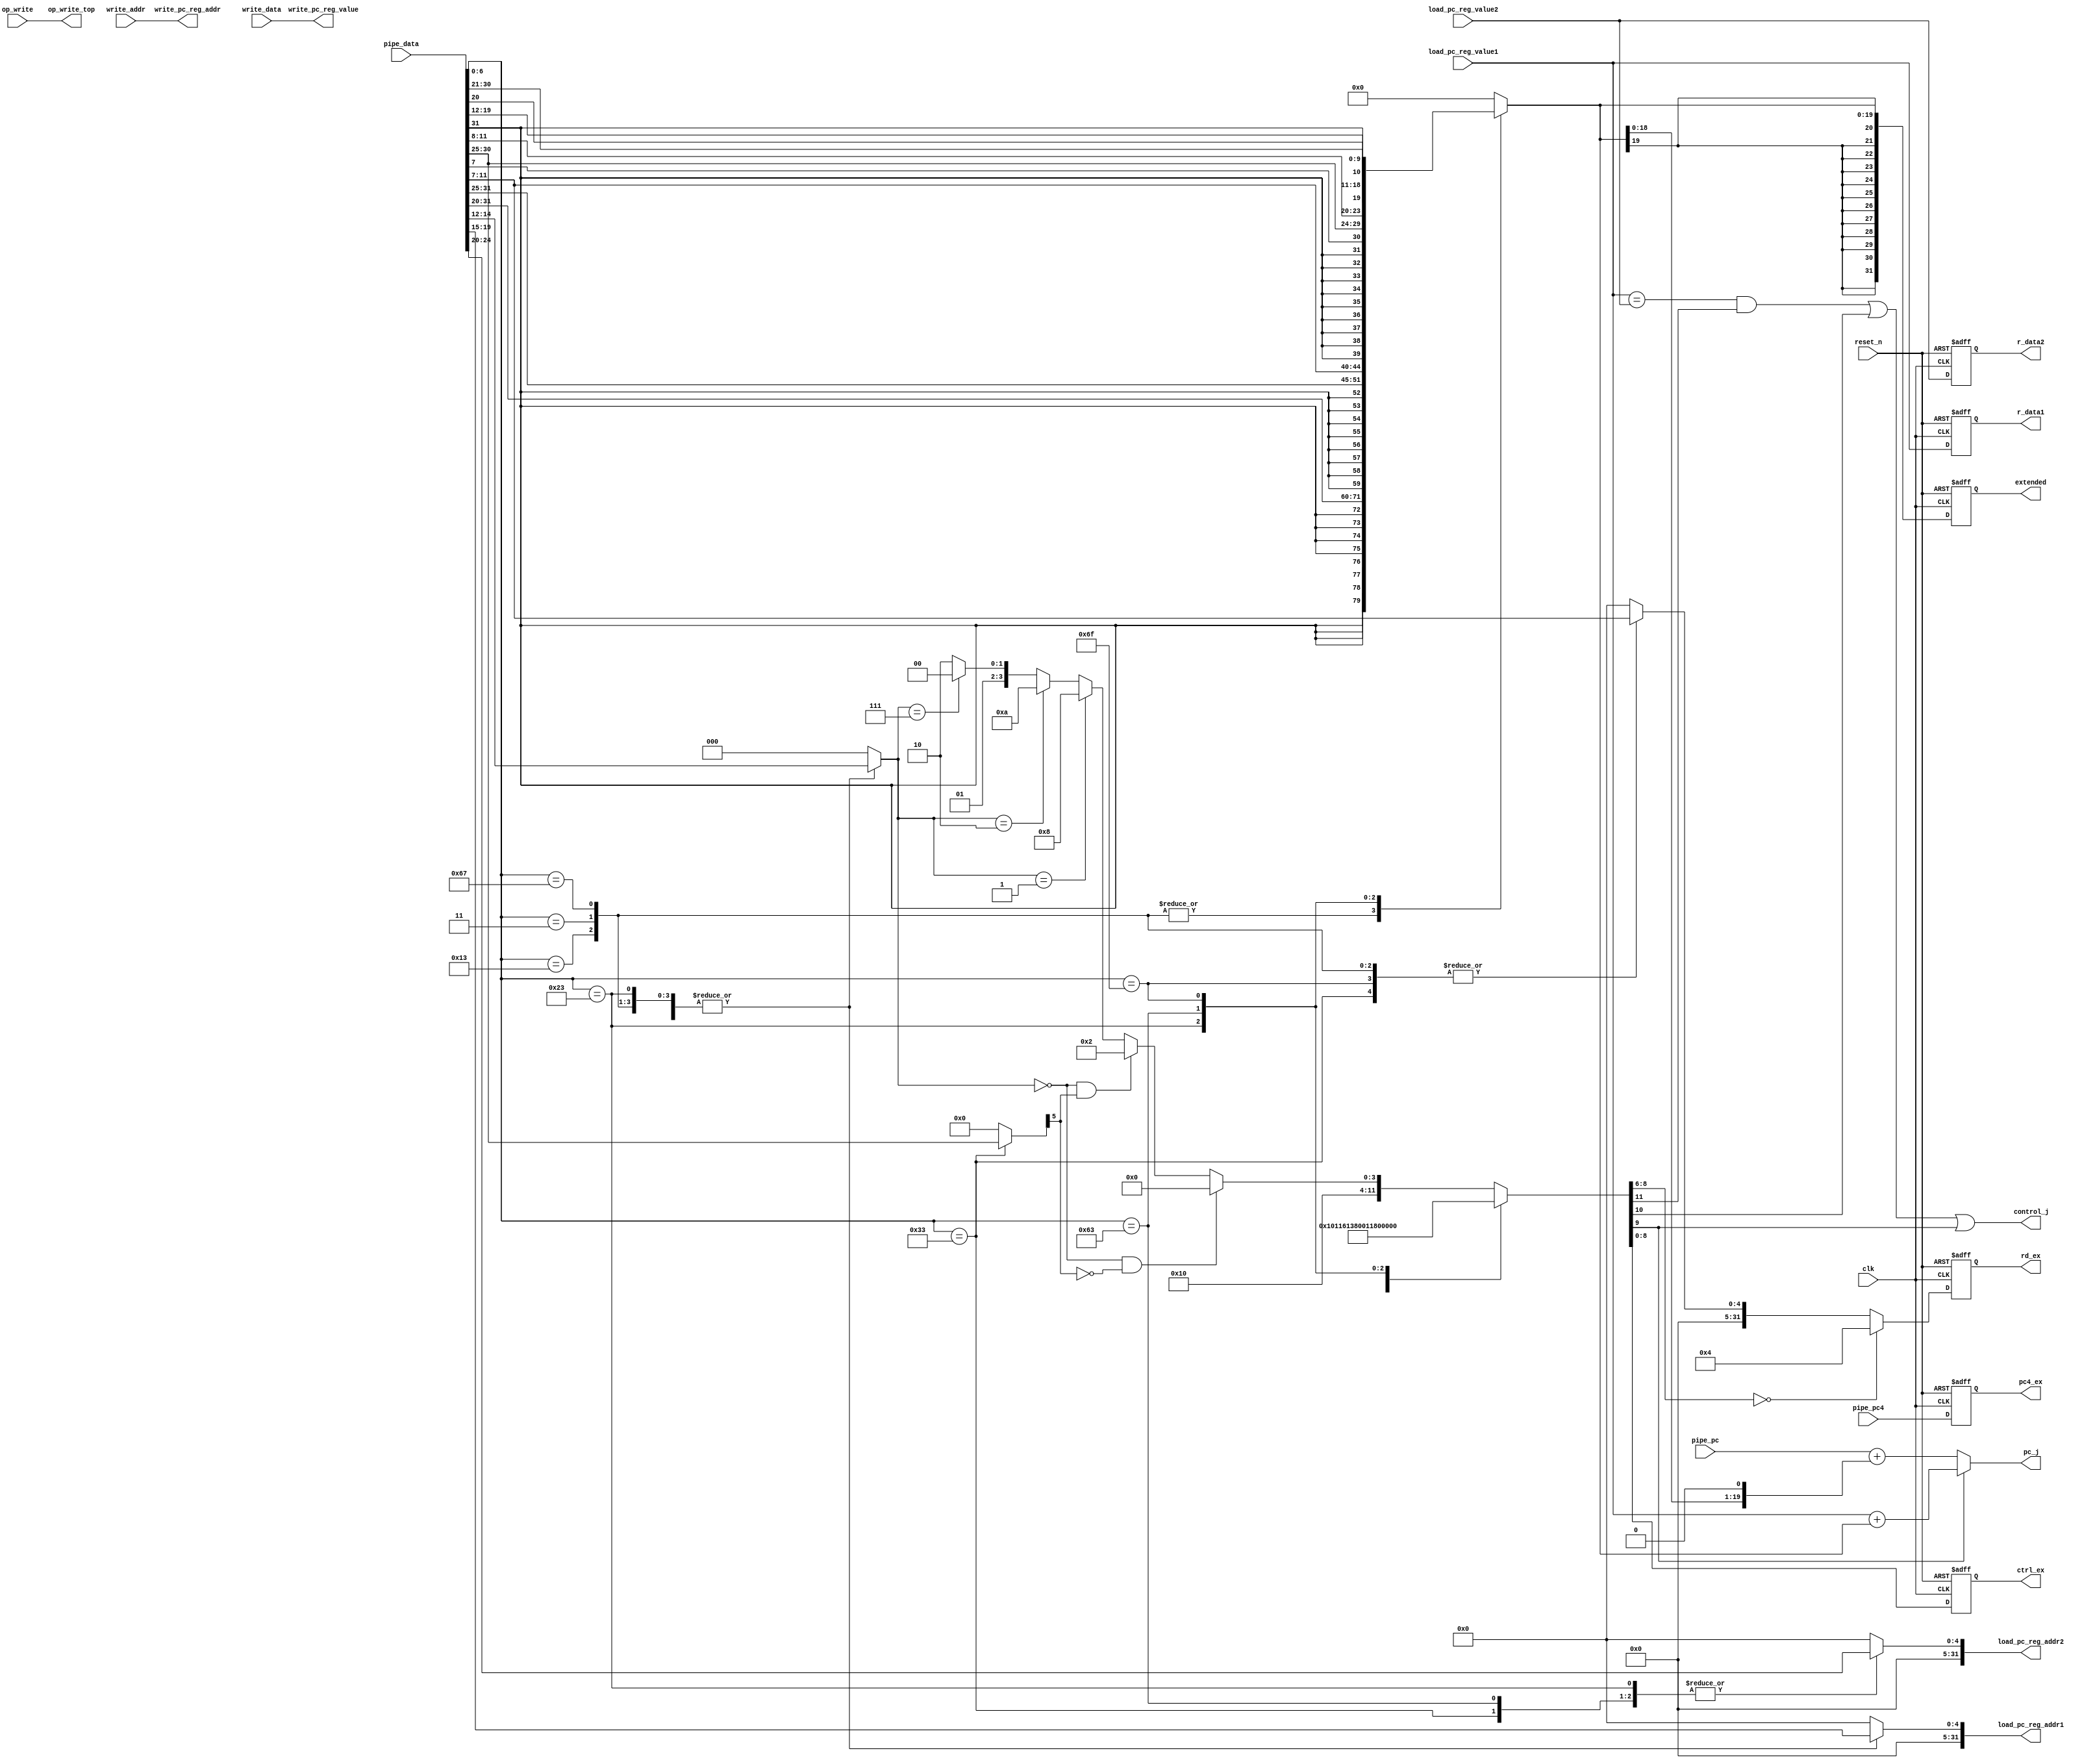
module ID(
    input clk,
    input reset_n,
    input op_write,                    //register
    input [31:0] pipe_pc,
    input [31:0] pipe_pc4,
    input [31:0] pipe_data,            // instruction
    input [31:0] write_data,
    input [31:0] write_addr,
    input [31:0] load_pc_reg_value1,
    input [31:0] load_pc_reg_value2,   // load register value from tb
    output [31:0] load_pc_reg_addr1,   // load register address1 from tb
    output [31:0] load_pc_reg_addr2,   // load register address2 from tb
    output [31:0] write_pc_reg_value,  // register value to write on tb
    output [31:0] write_pc_reg_addr,   // register addr to write on tb
    output control_j,
    output [31:0] pc_j,
    output [31:0] r_data1,
    output [31:0] r_data2,
    output [31:0] extended,
    output [31:0] rd_ex,
    output [8:0] ctrl_ex,
    output [31:0] pc4_ex,
    output op_write_top
);

reg signed [31:0] extended_reg;
reg [31:0] rs1_reg;
reg [31:0] rs2_reg;
reg [31:0] r_data1_reg;
reg [31:0] r_data2_reg;
reg [31:0] rd_reg;
reg [2:0] funct3_reg;
reg [6:0] funct7_reg;
reg signed [19:0] immediate_reg;
reg [31:0] pc_j_reg;
reg [31:0] pc4_ex_reg;
reg [8:0] ctrl_ex_reg;
reg [31:0] rd_ex_reg;
reg [11:0] control_bit;

localparam [6:0] R_TYPE_OP  = 7'b0110011, // R_type
                 ADDI_OP    = 7'b0010011, // I-type ADDI
                 LD_OP      = 7'b0000011, // I-type LD
                 JALR_OP    = 7'b1100111, // I-type JALR
                 S_TYPE_OP  = 7'b0100011, // S-type SD
                 SB_TYPE_OP = 7'b1100011, // SB-type BEQ,BNE,BLT,BGE
                 UJ_TYPE_OP = 7'b1101111; // UJ-type JAL

always @(pipe_data)
begin : SEPERTATE_INST
    case (pipe_data[6:0])
        R_TYPE_OP : begin
            funct7_reg = pipe_data[31:25];
            rs2_reg = pipe_data[24:20];
            rs1_reg = pipe_data[19:15];
            funct3_reg = pipe_data[14:12];
            rd_reg = pipe_data[11:7];
            immediate_reg = 20'sd0;
        end
        ADDI_OP : begin
            immediate_reg = $signed(pipe_data[31:20]);
            rs1_reg = pipe_data[19:15];
            funct3_reg = pipe_data[14:12];
            rd_reg = pipe_data[11:7];
            funct7_reg = 7'd0;
            rs2_reg = 5'd0;
        end
        LD_OP : begin
            immediate_reg = $signed(pipe_data[31:20]);
            rs1_reg = pipe_data[19:15];
            funct3_reg = pipe_data[14:12];
            rd_reg = pipe_data[11:7];
            funct7_reg = 7'd0;
            rs2_reg = 5'd0;
        end
        JALR_OP : begin
            immediate_reg = $signed(pipe_data[31:20]);
            rs1_reg = pipe_data[19:15];
            funct3_reg = pipe_data[14:12];
            rd_reg = pipe_data[11:7];
            funct7_reg = 7'd0;
            rs2_reg = 5'd0;
        end
        S_TYPE_OP : begin
            immediate_reg = $signed({pipe_data[31:25], pipe_data[11:7]});
            rs2_reg = pipe_data[24:20];
            rs1_reg = pipe_data[19:15];
            funct3_reg = pipe_data[14:12];
            funct7_reg = 7'd0;
            rd_reg = 5'd0;
        end
        SB_TYPE_OP : begin
            immediate_reg = $signed({pipe_data[31], pipe_data[7],
                                     pipe_data[30:25], pipe_data[11:8]});
            rs2_reg = pipe_data[24:20];
            rs1_reg = pipe_data[19:15];
            funct3_reg = pipe_data[14:12];
            funct7_reg = 7'd0;
            rd_reg = 5'd0;
        end
        UJ_TYPE_OP : begin
            immediate_reg = $signed({pipe_data[31], pipe_data[19:12], pipe_data[20],
                                     pipe_data[30:21]});
            rd_reg = pipe_data[11:7];
            funct7_reg = 7'd0;
            rs2_reg = 5'd0;
            rs1_reg = 5'd0;
            funct3_reg = 3'd0;
        end
        default : begin
            immediate_reg = 20'sd0;
            funct7_reg = 7'd0;
            rs2_reg = 5'd0;
            rs1_reg = 5'd0;
            funct3_reg = 3'd0;
            rd_reg = 5'd0;
        end
    endcase
end
/*-----------------------------------------------------------
 * [control_bit]
 * [11]  : Goes to 'AND' when 'beq'
 * [10]  : MUX whether $rd will be $ra at 'jal'
 * [9]   : MUX whether 'rs+offset' selection and MUX for 'pc_j'
 * [8:6] : Control bit at WB [op_write, wb mux]
 * [5:4] : Control bit at MEM
 * [3:0] : Control bit at EX
 *
 * MemtoReg:[8:7], RegWrtie:[6],
 * MemRead:[5], MemWrite:[4]
 * ALUOp:[3:1], ALUSrc:[0] 
 *
 * ALUOp
 * 000 : ADD
 * 001 : SUB
 * 010 : AND
 * 011 : OR
 * 100 : SHIFT LEFT
 * 101 : SLT
 *
 * Only control_bit[8:0] will go through OUTPUT 'ctrl_ex'
 *---------------------------------------------------------*/
always @(pipe_data or funct3_reg or funct7_reg)
begin : CONTROL_GENERTATOR
    case (pipe_data[6:0])
        ADDI_OP :
            control_bit = 12'b000_100_00_0001;
        LD_OP :
            control_bit = 12'b000_101_10_0001;
        JALR_OP :
            control_bit = 12'b001_110_00_0000;
        S_TYPE_OP :                        // SD
            control_bit = 12'b000_000_01_0001;
        SB_TYPE_OP :                       // BEQ
            control_bit = 12'b100_000_00_0000;
        UJ_TYPE_OP :                       // JAL
            control_bit = 12'b010_110_00_0000;
        default : begin                    // R-type
            if (funct3_reg == 3'b000 && funct7_reg[5] == 1'b0)      // add
                control_bit = 12'b000_100_00_0000;
            else if (funct3_reg == 3'b000 && funct7_reg[5] == 1'b1) // sub
                control_bit = 12'b000_100_00_0010;
            else if (funct3_reg == 3'b001) // SLL
                control_bit = 12'b000_100_00_1000;
            else if (funct3_reg == 3'b010) // SLT
                control_bit = 12'b000_100_00_1010;
            else if (funct3_reg == 3'b111) // AND
                control_bit = 12'b000_100_00_0100;
            else                           // OR
                control_bit = 12'b000_100_00_0110;
        end
    endcase
end

always @(control_bit or load_pc_reg_value1 or pipe_pc or extended_reg or immediate_reg)
begin : PC_J_MUX
    if (control_bit[9] == 0) begin
        //Address adder( Shift left1, Add )
        pc_j_reg = pipe_pc + {immediate_reg << 1};
    end else begin
        pc_j_reg = load_pc_reg_value1 + immediate_reg;
    end
end

always @(negedge reset_n or posedge clk)
begin : PIPELINE_REGISTER
    if (reset_n == 1'b0) begin
        extended_reg <= 32'd0;
        r_data1_reg <= 32'd0;
        r_data2_reg <= 32'd0;
        pc4_ex_reg <= 32'd0;
        ctrl_ex_reg <= 9'd0;
        rd_ex_reg <= 32'd0;
    end else begin
        ctrl_ex_reg <= control_bit[8:0];
        pc4_ex_reg <= pipe_pc4;
        r_data2_reg <= load_pc_reg_value2;
        extended_reg <= immediate_reg;
        r_data1_reg <= load_pc_reg_value1;
        // make 'rd' goes to 'ra' when jal
        if (control_bit[8:6] == 3'b000)
            rd_ex_reg <= 32'd4;
        else
            rd_ex_reg <= rd_reg;
    end
end
// assignments for output pins
assign control_j = (((load_pc_reg_value1 == load_pc_reg_value2) &&
                    control_bit[11]) || control_bit[10] || control_bit[9]);
assign pc_j = pc_j_reg;
assign ctrl_ex = ctrl_ex_reg;
assign pc4_ex = pc4_ex_reg;
assign r_data1 = r_data1_reg;
assign r_data2 = r_data2_reg;
assign load_pc_reg_addr1 = rs1_reg;
assign load_pc_reg_addr2 = rs2_reg;
assign write_pc_reg_value = write_data;
assign write_pc_reg_addr = write_addr;
assign extended = extended_reg;
assign rd_ex = rd_ex_reg;
assign op_write_top = op_write;
endmodule